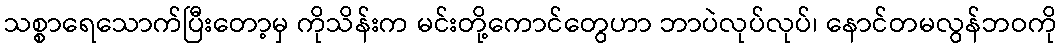
သစ္စာရေသောက်ပြီးတော့မှ ကိုသိန်းက မင်းတို့ကောင်တွေဟာ ဘာပဲလုပ်လုပ်၊ နောင်တမလွန်ဘဝကို